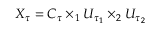
X _ { \tau } = C _ { \tau } \times _ { 1 } U _ { \tau _ { 1 } } \times _ { 2 } U _ { \tau _ { 2 } }